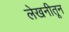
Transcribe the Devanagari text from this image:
लेखनीतून